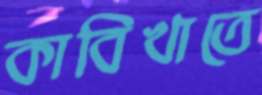
কাবিখাতে